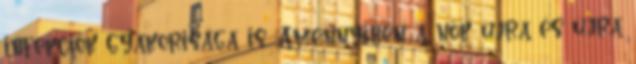
infekciók gyakorisága is. Amennyiben a nők újra és újra